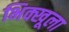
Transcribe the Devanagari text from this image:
भिक्खूला